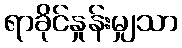
ရာခိုင်နှုန်းမျှသာ